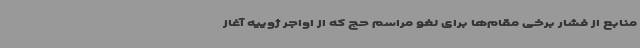
منابع از فشار برخی مقام‌ها برای لغو مراسم حج که از اواجر ژوییه آغاز